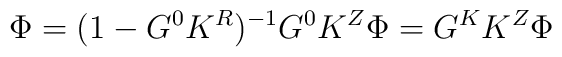
\Phi=(1-G^0K^R)^{-1}G^0K^Z\Phi=G^KK^Z\Phi